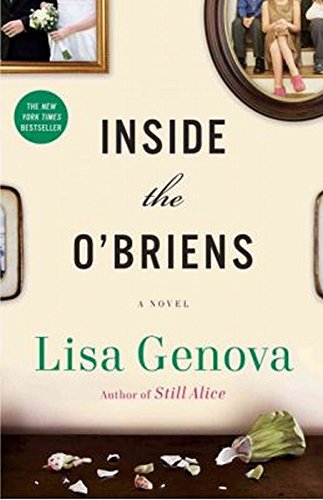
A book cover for Inside the O'Briens: A Novel; Lisa Genova; Literature & Fiction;